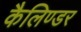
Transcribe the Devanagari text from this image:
कैलिण्डर